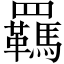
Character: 羈